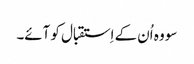
سو وہ اُن کے اِستقبال کو آئے۔